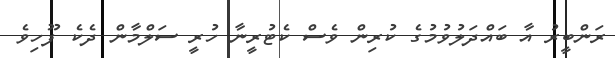
ރަންބީރު އާ ބައްދަލުވުމުގެ ކުރިން ވެސް ކެޓުރީނާ ހުރީ ސަލްމާން ދެކެ ފޫހިވެ